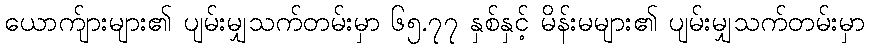
ယောက်ျားများ၏ ပျမ်းမျှသက်တမ်းမှာ ၆၅.၇၇ နှစ်နှင့် မိန်းမများ၏ ပျမ်းမျှသက်တမ်းမှာ